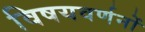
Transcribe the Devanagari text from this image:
विषयवर्णनों